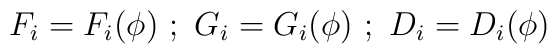
F_i=F_i(\phi) \ ; \ G_i=G_i(\phi) \ ; \ D_i=D_i(\phi)